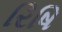
રિષિ